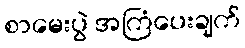
စာမေးပွဲ အကြံပေးချက်